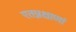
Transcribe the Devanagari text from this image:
एतन्नक्षाणां